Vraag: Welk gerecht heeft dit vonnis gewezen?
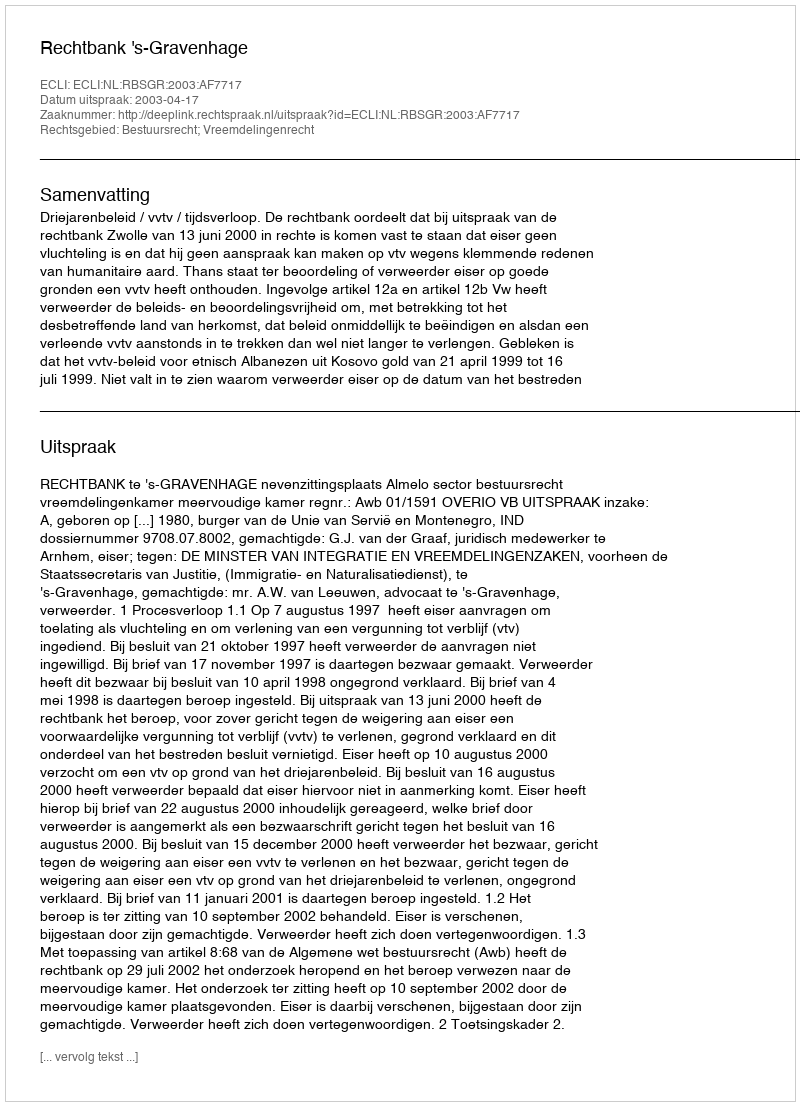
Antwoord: Rechtbank 's-Gravenhage